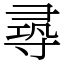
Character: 𡬶